Report on vaccination North-West Frontier Province 1904-1922 - 1904-1922
Year: 1904
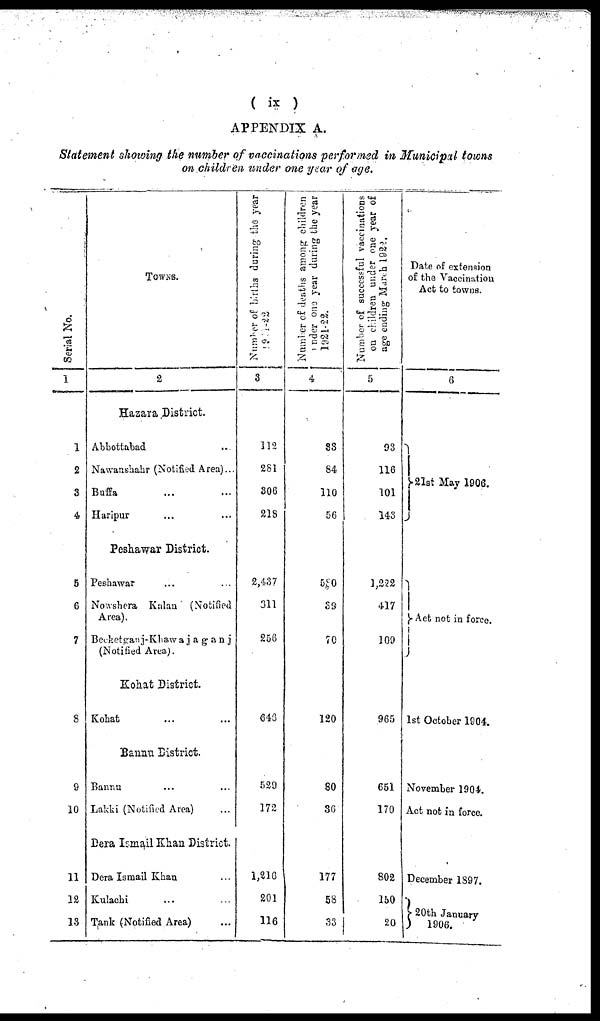
( ix )
APPENDIX A.
Statement showing the number of vaccinations performed in Municipal towns
on children under one year of age.
Serial No.
1
1
2
3
4
5
6
7
8
9
10
11
12
13
TOWNS.
2
Hazara District.
Abbottabad ...
Nawanshahr (Notified Area)...
Buffa ... ...
Haripur ... ...
Peshawar District.
Peshawar ... ...
Nowshera Kalan (Notified
Area).
Becketganj-Khawajaganj
(Notified Area).
Kohat District.
Kohat ... ...
Bannu District.
Bannu ... ...
Lakki (Notified Area) ...
Dera Ismail Khan District.
Dera Ismail Khan ...
Kulachi ... ...
Tank (Notified Area) ...
Number of births during the year
3
112
281
306
218
2,437
311
256
646
529
172
1,216
201
116
Number of deaths among children
under one year during the year
1921-22.
4
33
84
110
56
580
39
70
120
80
36
177
58
33
Number of successful vaccinations
on children under one year of
age ending March 1922.
5
93
116
101
143
1,222
417
109
965
651
170
802
150
20
Date of extension
of the Vaccination
Act to towns.
6
21st May 1906.
Act not in force.
1st October 1904.
November 1904.
Act not in force.
December 1897.
20th January
1906.